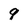
Character: 9